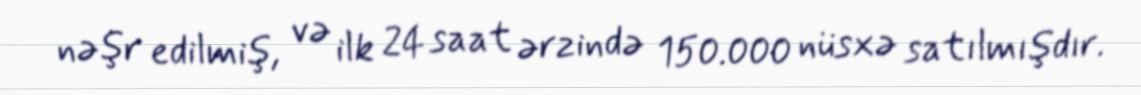
nəşr edilmiş, və ilk 24 saat ərzində 150.000 nüsxə satılmışdır.